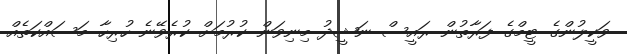
ވަކީލުންގެ ޓީމްގެ ފަރާތުން ރައީސް ނަޝީދު މިނިވަން ކުރުމަށް ކުރެވޭނެ ހުރިހާ މަސައްކަތެއް